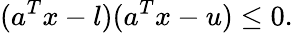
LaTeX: (a^{T}x-l)(a^{T}x-u)\leq 0.